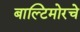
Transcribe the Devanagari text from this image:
बाल्टिमोरचे